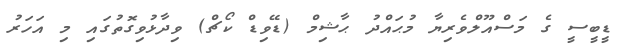
ޑީބީސީ ގެ މަސްއޫލްވެރިޔާ މުޙައްދު ޙާޝިމް (ޑޭވިޑް ކޯޗް) ވިދާޅުވިގޮތުގައި މި އަހަރު